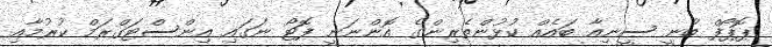
ޕޮޕޯފް ބުނީ ސީނިއާ ބައެއް ކުޅުންތެރިންގެ އޮންނަނީ ފޮޓޯ ނަގައި އިންސްޓަގްރަމް ކުރުމާއި